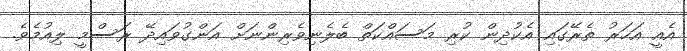
އެއީ އަހަރު ތެރޭގައި އެކުދިން ކުރި މަސައްކަތް ބެލެނިވެރިންނަށް އަންގުވައިދޭ ރަސްމީ ލިއުމެވެ.